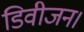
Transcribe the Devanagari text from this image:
डिवीजन।